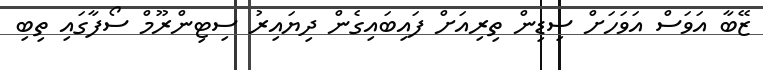
ޒޭބާ އަވަސް އަވަހަށް ސިޑިން ތިރިއަށް ފައިބައިގެން ދިޔައިރު ސިޓިންރޫމް ސޯފާގައި ތިބި